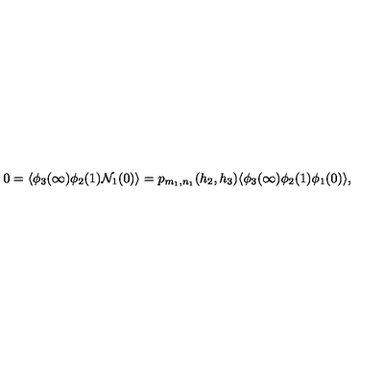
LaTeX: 0 = \langle \phi _ { 3 } ( \infty ) \phi _ { 2 } ( 1 ) { \cal N } _ { 1 } ( 0 ) \rangle = p _ { m _ { 1 } , n _ { 1 } } ( h _ { 2 } , h _ { 3 } ) \langle \phi _ { 3 } ( \infty ) \phi _ { 2 } ( 1 ) \phi _ { 1 } ( 0 ) \rangle ,